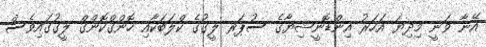
އޭނާ ވަނީ މިދިޔަ އަހަރު އިންޑޮނީޝިޔާގެ ސުޕަރ ލީގުގެ ކްލަބަކާއި ހޮންގްކޮންގް ލީގުގައިވެސް